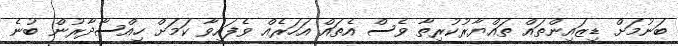
ބަނުމަށް ޑިޒައިންތައް ތައްޔާރުކުރިތާ ވެސް އެތައް އަހަރެއް ވެފައިވާ ކަމަށް ހިއްސާދާރުން ބުނެ